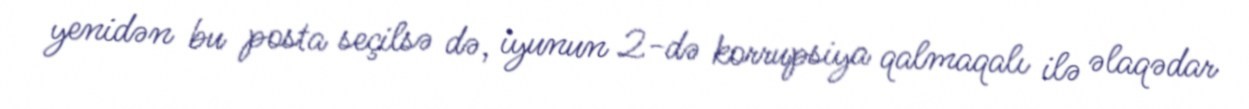
yenidən bu posta seçilsə də, iyunun 2-də korrupsiya qalmaqalı ilə əlaqədar